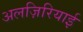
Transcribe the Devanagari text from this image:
अलज़िरियाई